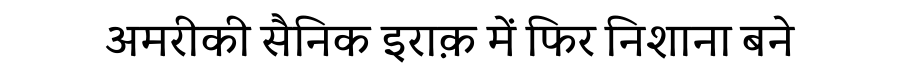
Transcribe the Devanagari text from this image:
अमरीकी सैनिक इराक़ में फिर निशाना बने